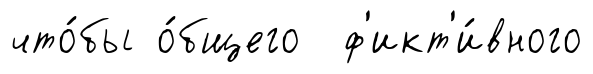
что́бы о́бщего ф'икт'и́вного